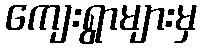
ကျေးရွာများမှ